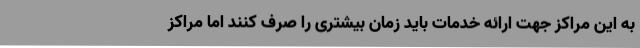
به این مراکز جهت ارائه خدمات باید زمان بیشتری را صرف کنند اما مراکز